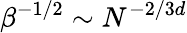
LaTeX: \beta^{-1/2}\sim N^{-2/3d}